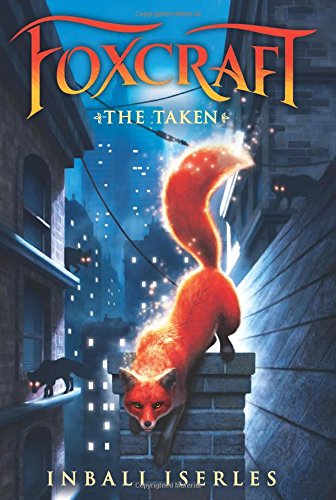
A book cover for The Taken (Foxcraft #1); Inbali Iserles; Children's Books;